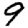
Digit: 9